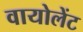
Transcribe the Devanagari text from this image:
वायोलेंट